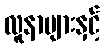
လူနာများနှင့်